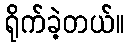
ရိုက်ခဲ့တယ်။